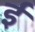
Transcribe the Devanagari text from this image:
र्इ